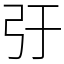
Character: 弙